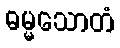
ဓမ္မသောတံ